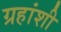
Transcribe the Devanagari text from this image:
ग्रहांशी